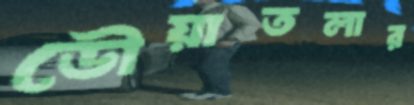
ডৌয়াতলার